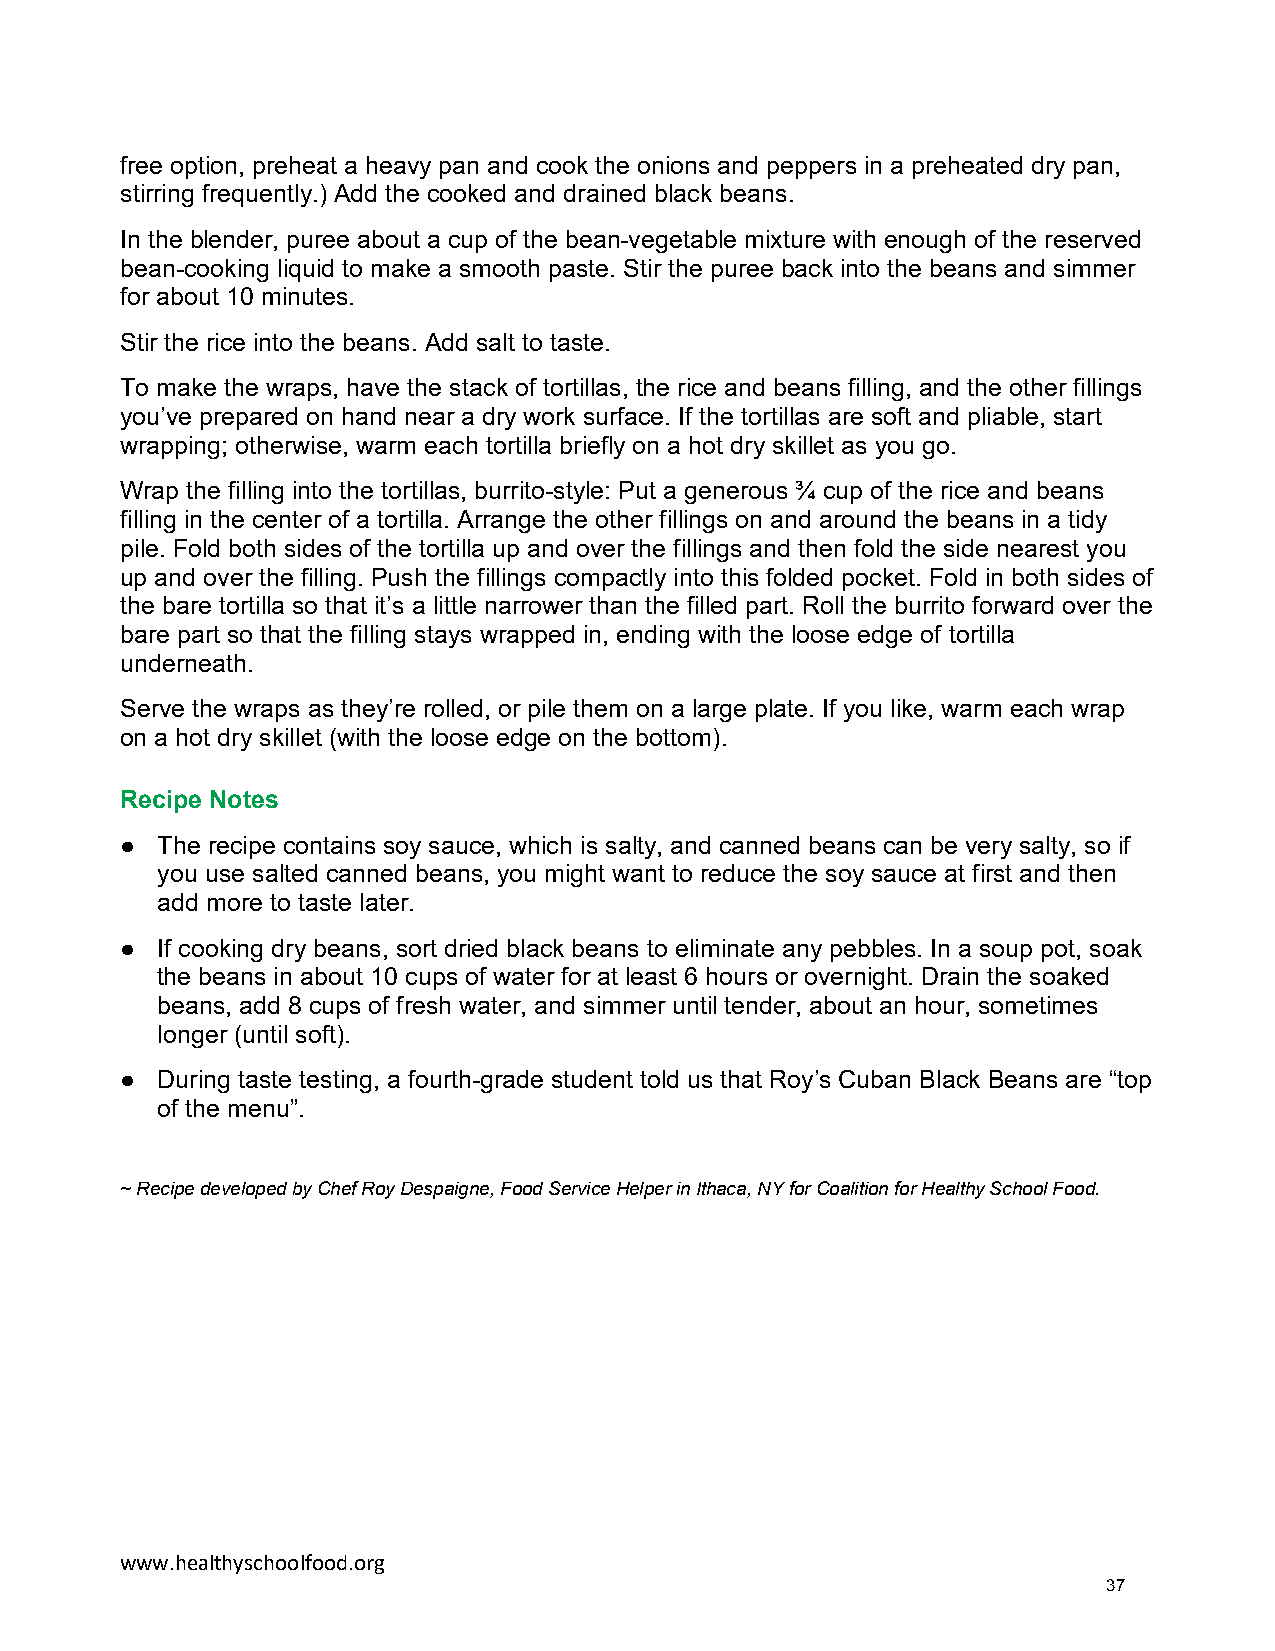
free option, preheat a heavy pan and cook the onions and peppers in a preheated dry pan,
 stirring frequently.) Add the cooked and drained black beans.
 In the blender, puree about a cup of the bean-vegetable mixture with enough of the reserved
 bean-cooking liquid to make a smooth paste. Stir the puree back into the beans and simmer
 for about 10 minutes.
 Stir the rice into the beans. Add salt to taste.
 To make the wraps, have the stack of tortillas, the rice and beans filling, and the other fillings
 you’ve prepared on hand near a dry work surface. If the tortillas are soft and pliable, start
 wrapping; otherwise, warm each tortilla briefly on a hot dry skillet as you go.
 Wrap the filling into the tortillas, burrito-style: Put a generous ¾ cup of the rice and beans
 filling in the center of a tortilla. Arrange the other fillings on and around the beans in a tidy
 pile. Fold both sides of the tortilla up and over the fillings and then fold the side nearest you
 up and over the filling. Push the fillings compactly into this folded pocket. Fold in both sides of
 the bare tortilla so that it’s a little narrower than the filled part. Roll the burrito forward over the
 bare part so that the filling stays wrapped in, ending with the loose edge of tortilla
 underneath.
 Serve the wraps as they’re rolled, or pile them on a large plate. If you like, warm each wrap
 on a hot dry skillet (with the loose edge on the bottom).
 Recipe Notes
 ● The recipe contains soy sauce, which is salty, and canned beans can be very salty, so if
 you use salted canned beans, you might want to reduce the soy sauce at first and then
 add more to taste later.
 ● If cooking dry beans, sort dried black beans to eliminate any pebbles. In a soup pot, soak
 the beans in about 10 cups of water for at least 6 hours or overnight. Drain the soaked
 beans, add 8 cups of fresh water, and simmer until tender, about an hour, sometimes
 longer (until soft).
 ● During taste testing, a fourth-grade student told us that Roy’s Cuban Black Beans are “top
 of the menu”.
 ~ Recipe developed by Chef Roy Despaigne, Food Service Helper in Ithaca, NY for Coalition for Healthy School Food.
 www.healthyschoolfood.org
 37